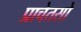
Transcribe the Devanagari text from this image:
प्राचेतसो